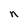
Character: n